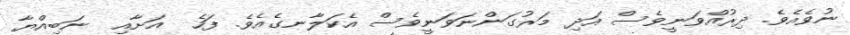
ނުވެއެވެ. ދިރުއްވަނީވެސް އަދި މަރުގަންނަވަނީވެސް އެކަލާނގެއެވެ. ފަހެ  އަށާއި  ނަބިއްޔާ